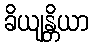
ခိယျန္တိယာ